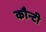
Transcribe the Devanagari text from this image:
कौन्टी